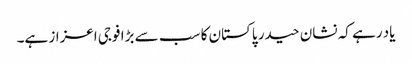
یاد رہے کہ نشان حیدر پاکستان کا سب سے بڑا فوجی اعزاز ہے۔